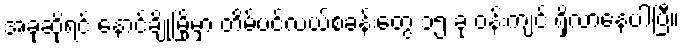
အခုဆိုရင် နောင်ချိုမြို့မှာ တိမ်ပင်လယ်စခန်းတွေ ၁၅ ခု ဝန်းကျင် ရှိလာနေပါပြီ။